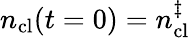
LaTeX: n_{\mathrm{cl}}(t=0)=n_{\mathrm{cl}}^{\ddagger}